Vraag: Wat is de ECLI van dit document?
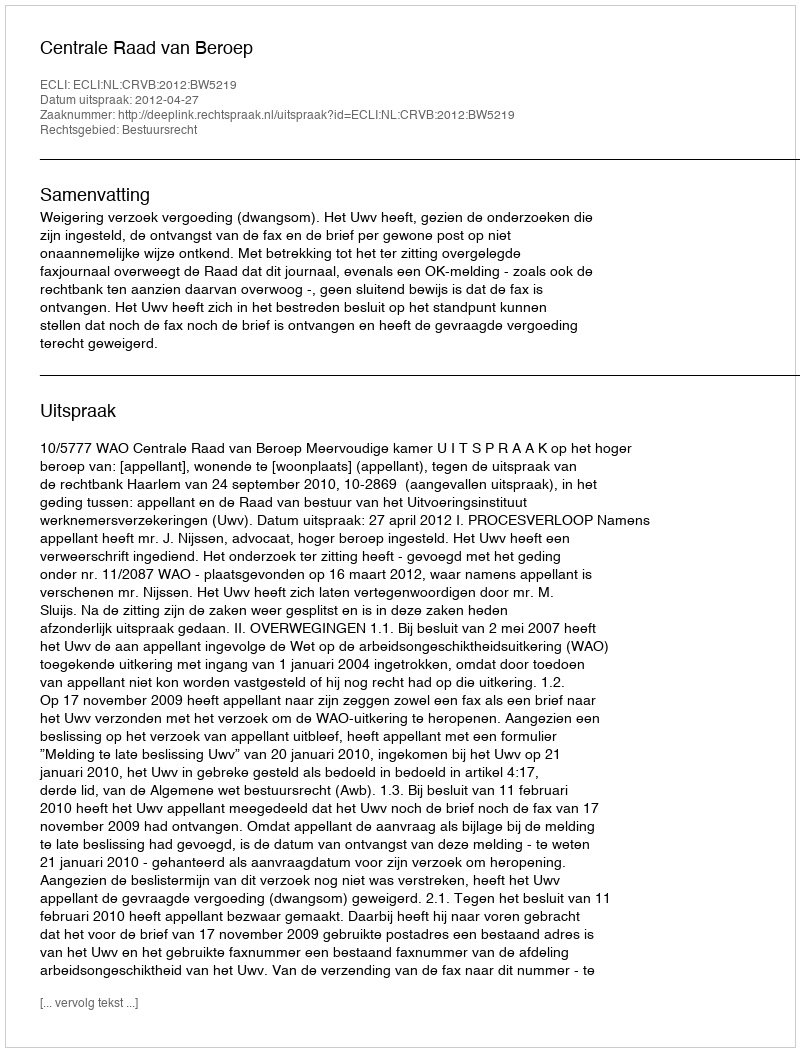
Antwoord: ECLI:NL:CRVB:2012:BW5219